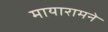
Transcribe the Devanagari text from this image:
मायारामने